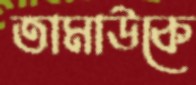
তামাউকে